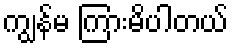
ကျွန်မ ကြားမိပါတယ်